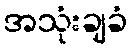
အသုံးချခံ